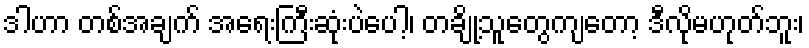
ဒါဟာ တစ်အချက် အရေးကြီးဆုံးပဲပေါ့၊ တချို့သူတွေကျတော့ ဒီလိုမဟုတ်ဘူး၊